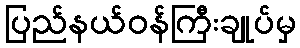
ပြည်နယ်ဝန်ကြီးချုပ်မှ